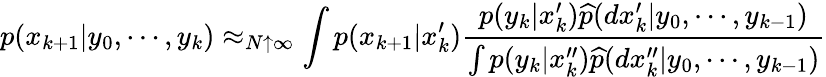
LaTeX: p(x_{k+1}|y_{0},\cdots,y_{k})\approx_{N\uparrow\infty}\int p(x_{k+1}|x_{k}^{\prime}){\frac{p(y_{k}|x_{k}^{\prime}){\widehat{p}}(dx_{k}^{\prime}|y_{0},\cdots,y_{k-1})}{\int p(y_{k}|x_{k}^{\prime\prime}){\widehat{p}}(dx_{k}^{\prime\prime}|y_{0},\cdots,y_{k-1})}}